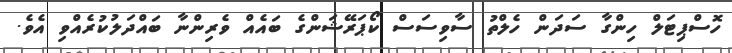
ހޮސްޕިޓަލް ހިންގާ ސަދަން ހެލްތު ސާވިސަސް ކޯޕަރޭޝަންގެ ބައެއް ވެރިންނާ ބައްދަލުކުރެއްވި އެވެ.